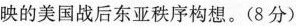
映的美国战后东亚秩序构想。(8分)